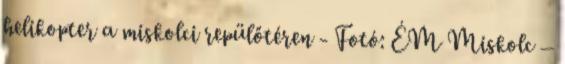
helikopter a miskolci repülőtéren - Fotó: ÉM Miskolc –